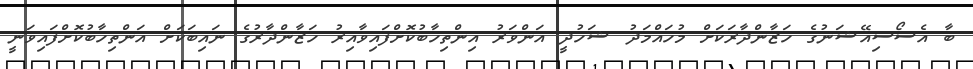
ބާ އެސޯސިއޭޝަނުގެ ހަޒާންދާރަކަށް މުހައްމަދު ޝަހުދީ އަންވަރު އިންތިހާބުކޮށްފައިވާއިރު ހަޒާންދާރުގެ ނައިބަކަށް އަންތިހާބުކޮށްފައިވަނީ